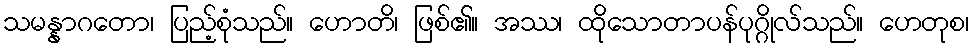
သမန္နာဂတော၊ ပြည့်စုံသည်။ ဟောတိ၊ ဖြစ်၏။ အဿ၊ ထိုသောတာပန်ပုဂ္ဂိုလ်သည်။ ဟေတုစ၊